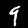
Digit: 9